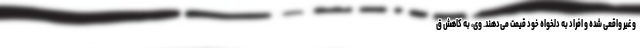
و غیر واقعی شده و افراد به دلخواه خود قیمت می‌دهند. وی، به کاهش ق